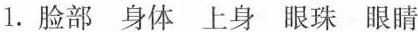
1.脸部 身体 上身 眼珠 眼睛